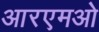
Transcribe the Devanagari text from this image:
आरएमओ